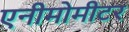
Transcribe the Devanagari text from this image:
एनीमोमीटर